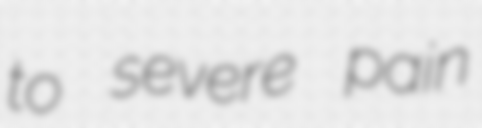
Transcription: to severe pain